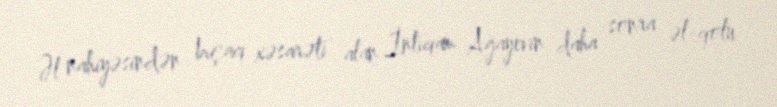
Əl nahiyəsindən bıçaq xəsarəti alan İntiqam Ağayevin daha sonra əl-qolu